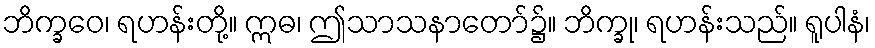
ဘိက္ခဝေ၊ ရဟန်းတို့။ ဣဓ၊ ဤသာသနာတော်၌။ ဘိက္ခု၊ ရဟန်းသည်။ ရူပါနံ၊